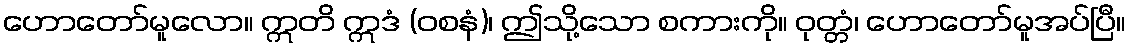
ဟောတော်မူလော။ ဣတိ ဣဒံ (ဝစနံ)၊ ဤသို့သော စကားကို။ ဝုတ္တံ၊ ဟောတော်မူအပ်ပြီ။